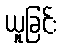
ယူခြင်း